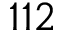
1 1 2